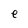
Character: e